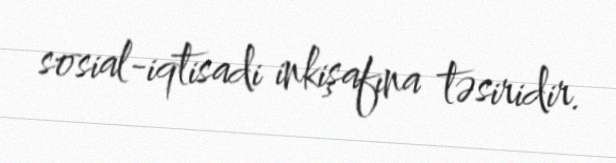
sosial-iqtisadi inkişafına təsiridir.